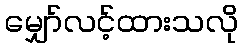
မျှော်လင့်ထားသလို